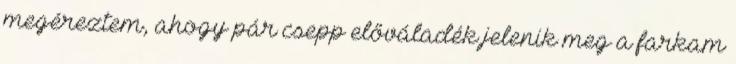
megéreztem, ahogy pár csepp előváladék jelenik meg a farkam